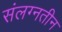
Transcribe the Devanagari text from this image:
संलग्नतीन